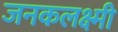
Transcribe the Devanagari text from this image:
जनकलक्ष्मी